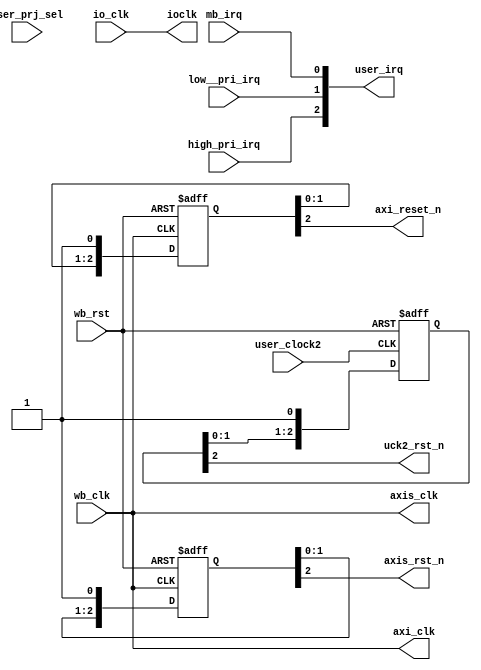
// This code snippet was auto generated by xls2vlog.py from source file: /home/patrick/Downloads/Interface-Definition.xlsx
// User: patrick
// Date: Jun-06-23


module FSIC_CLKRST (
  input  wire  [4: 0] user_prj_sel,
  input  wire         mb_irq,
  input  wire         wb_rst,
  input  wire         wb_clk,
  output wire  [2: 0] user_irq,

  input  wire         low__pri_irq,
  input  wire         high_pri_irq,

  input  wire         user_clock2,
  output wire         uck2_rst_n,

  output  wire         axi_clk,
  output wire         axi_reset_n,

  output  wire         axis_clk,
  output wire         axis_rst_n,

  input  wire         io_clk,
  output wire         ioclk
);


  assign axi_clk = wb_clk;
  assign axis_clk = wb_clk;  

// ----------------------------------------------------------
// AXI-Lite
reg [2:0] axi_reset_nr; 
always @(posedge axi_clk or posedge wb_rst)
  if( wb_rst )
    axi_reset_nr <= 3'b000;
  else
    axi_reset_nr <= {axi_reset_nr[1:0], 1'b1};

assign axi_reset_n = axi_reset_nr[2];


// ----------------------------------------------------------
// AXIS
reg [2:0] axis_rst_nr; 
always @(posedge axis_clk or posedge wb_rst)
  if( wb_rst )
    axis_rst_nr <= 3'b000;
  else
    axis_rst_nr <= {axis_rst_nr[1:0], 1'b1};

assign axis_rst_n = axis_rst_nr[2];


// ----------------------------------------------------------
// user_clock2
reg [2:0] uck2_rst_nr; 
always @(posedge user_clock2 or posedge wb_rst)
  if( wb_rst )
    uck2_rst_nr <= 3'b000;
  else
    uck2_rst_nr <= {uck2_rst_nr[1:0], 1'b1};

assign uck2_rst_n = uck2_rst_nr[2];


// ----------------------------------------------------------
// IRQ
assign user_irq[2] = high_pri_irq;
assign user_irq[1] = low__pri_irq;
assign user_irq[0] = mb_irq;


// ----------------------------------------------------------
// IOCLK for IO_SERDES

/*
// TBD
reg div2_clk;
always @(posedge user_clock2 or negedge uck2_rst_n)
  if( ~uck2_rst_n )
    div2_clk <= 1'b0;
  else
    div2_clk <= ~div2_clk; 
*/

// TBD
assign ioclk = io_clk;

endmodule // FSIC_CLKRST